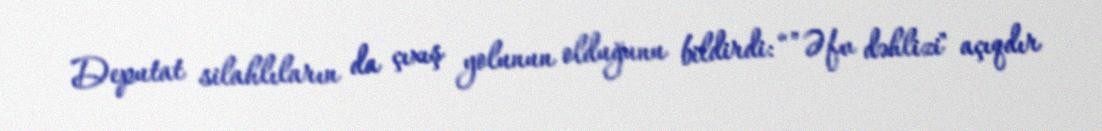
Deputat silahlıların da çıxış yolunun olduğunu bildirdi: “”Əfv dəhlizi" açıqdır